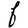
Character: F